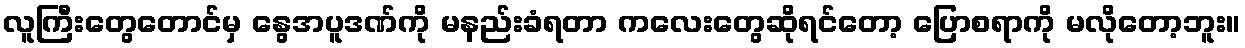
လူကြီးတွေတောင်မှ နွေအပူဒဏ်ကို မနည်းခံရတာ ကလေးတွေဆိုရင်တော့ ပြောစရာကို မလိုတော့ဘူး။